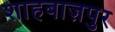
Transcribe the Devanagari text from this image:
शाहबाज़पुर